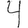
Digit: 4